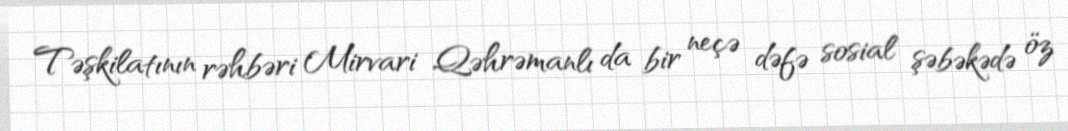
Təşkilatının rəhbəri Mirvari Qəhrəmanlı da bir neçə dəfə sosial şəbəkədə öz